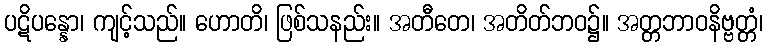
ပဋိပန္နော၊ ကျင့်သည်။ ဟောတိ၊ ဖြစ်သနည်း။ အတီတေ၊ အတိတ်ဘဝ၌။ အတ္တဘာဝနိဗ္ဗတ္တံ၊